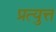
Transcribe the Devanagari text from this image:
प्रत्युत्त